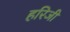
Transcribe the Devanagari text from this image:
हरिजी